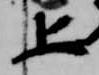
上